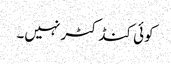
کوئی کنڈکٹر نہیں۔